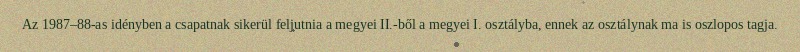
Az 1987–88-as idényben a csapatnak sikerül feljutnia a megyei II.-ből a megyei I. osztályba, ennek az osztálynak ma is oszlopos tagja.